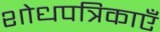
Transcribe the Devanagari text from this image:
शोधपत्रिकाएँ